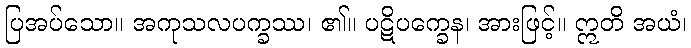
ပြအပ်သော။ အကုသလပက္ခဿ၊ ၏။ ပဋိပက္ခေန၊ အားဖြင့်။ ဣတိ အယံ၊